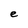
Character: e